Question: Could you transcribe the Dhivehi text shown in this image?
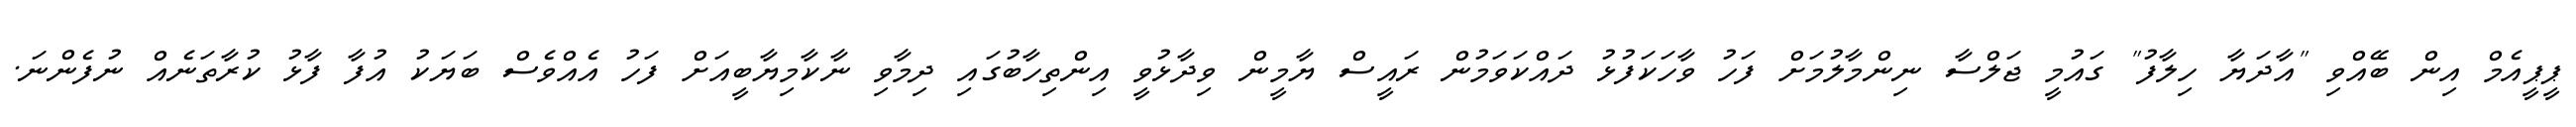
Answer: ޕީޕީއެމް އިން ބޭއްވި "އާދަޔާ ހިލާފު" ގައުމީ ޖަލްސާ ނިންމާލުމަށް ފަހު ވާހަކަފުޅު ދައްކަވަމުން ރައީސް ޔާމީން ވިދާޅުވީ އިންތިހާބުގައި ދިމާވި ނާކާމިޔާބީއަށް ފަހު އެއްވެސް ބަޔަކު އުފާ ފާޅު ކުރާތަނެއް ނުފެންނަ.